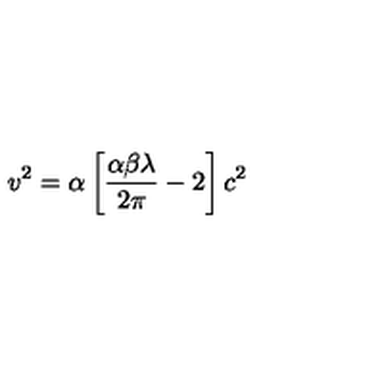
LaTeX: v ^ { 2 } = \alpha \left[ \frac { \alpha \beta \lambda } { 2 \pi } - 2 \right] c ^ { 2 }